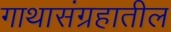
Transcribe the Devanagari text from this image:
गाथासंग्रहातील